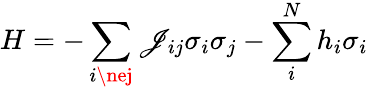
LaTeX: H=-\sum_{i\nej}{{\mathscr{J}_{ij}}{\sigma_{i}}{\sigma_{j}}}-\sum_{i}^{N}{{h_{i}}}{\sigma_{i}}